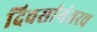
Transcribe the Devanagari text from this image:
दिवसांनंतरच